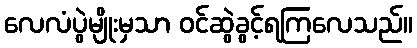
လေလံပွဲမျိုးမှသာ ဝင်ဆွဲခွင့်ရကြလေသည်။